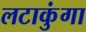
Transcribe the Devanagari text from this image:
लटाकुंगा